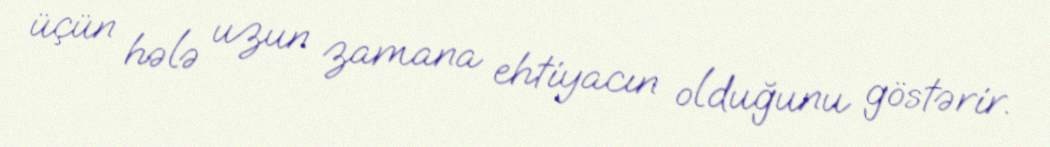
üçün hələ uzun zamana ehtiyacın olduğunu göstərir.